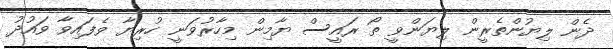
ދެން ލިޔުންތެރީން ލިޔަންވީ ތޯ ރައީސް ޔާމިން މިހާރުވަނީ ހުރިޔާ ވެފައިވާ ވައުދު